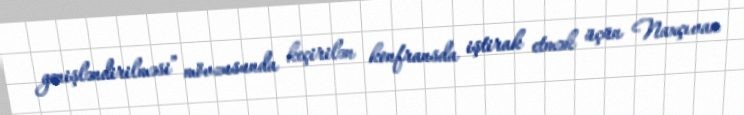
genişləndirilməsi” mövzusunda keçirilən konfransda iştirak etmək üçün Naxçıvan